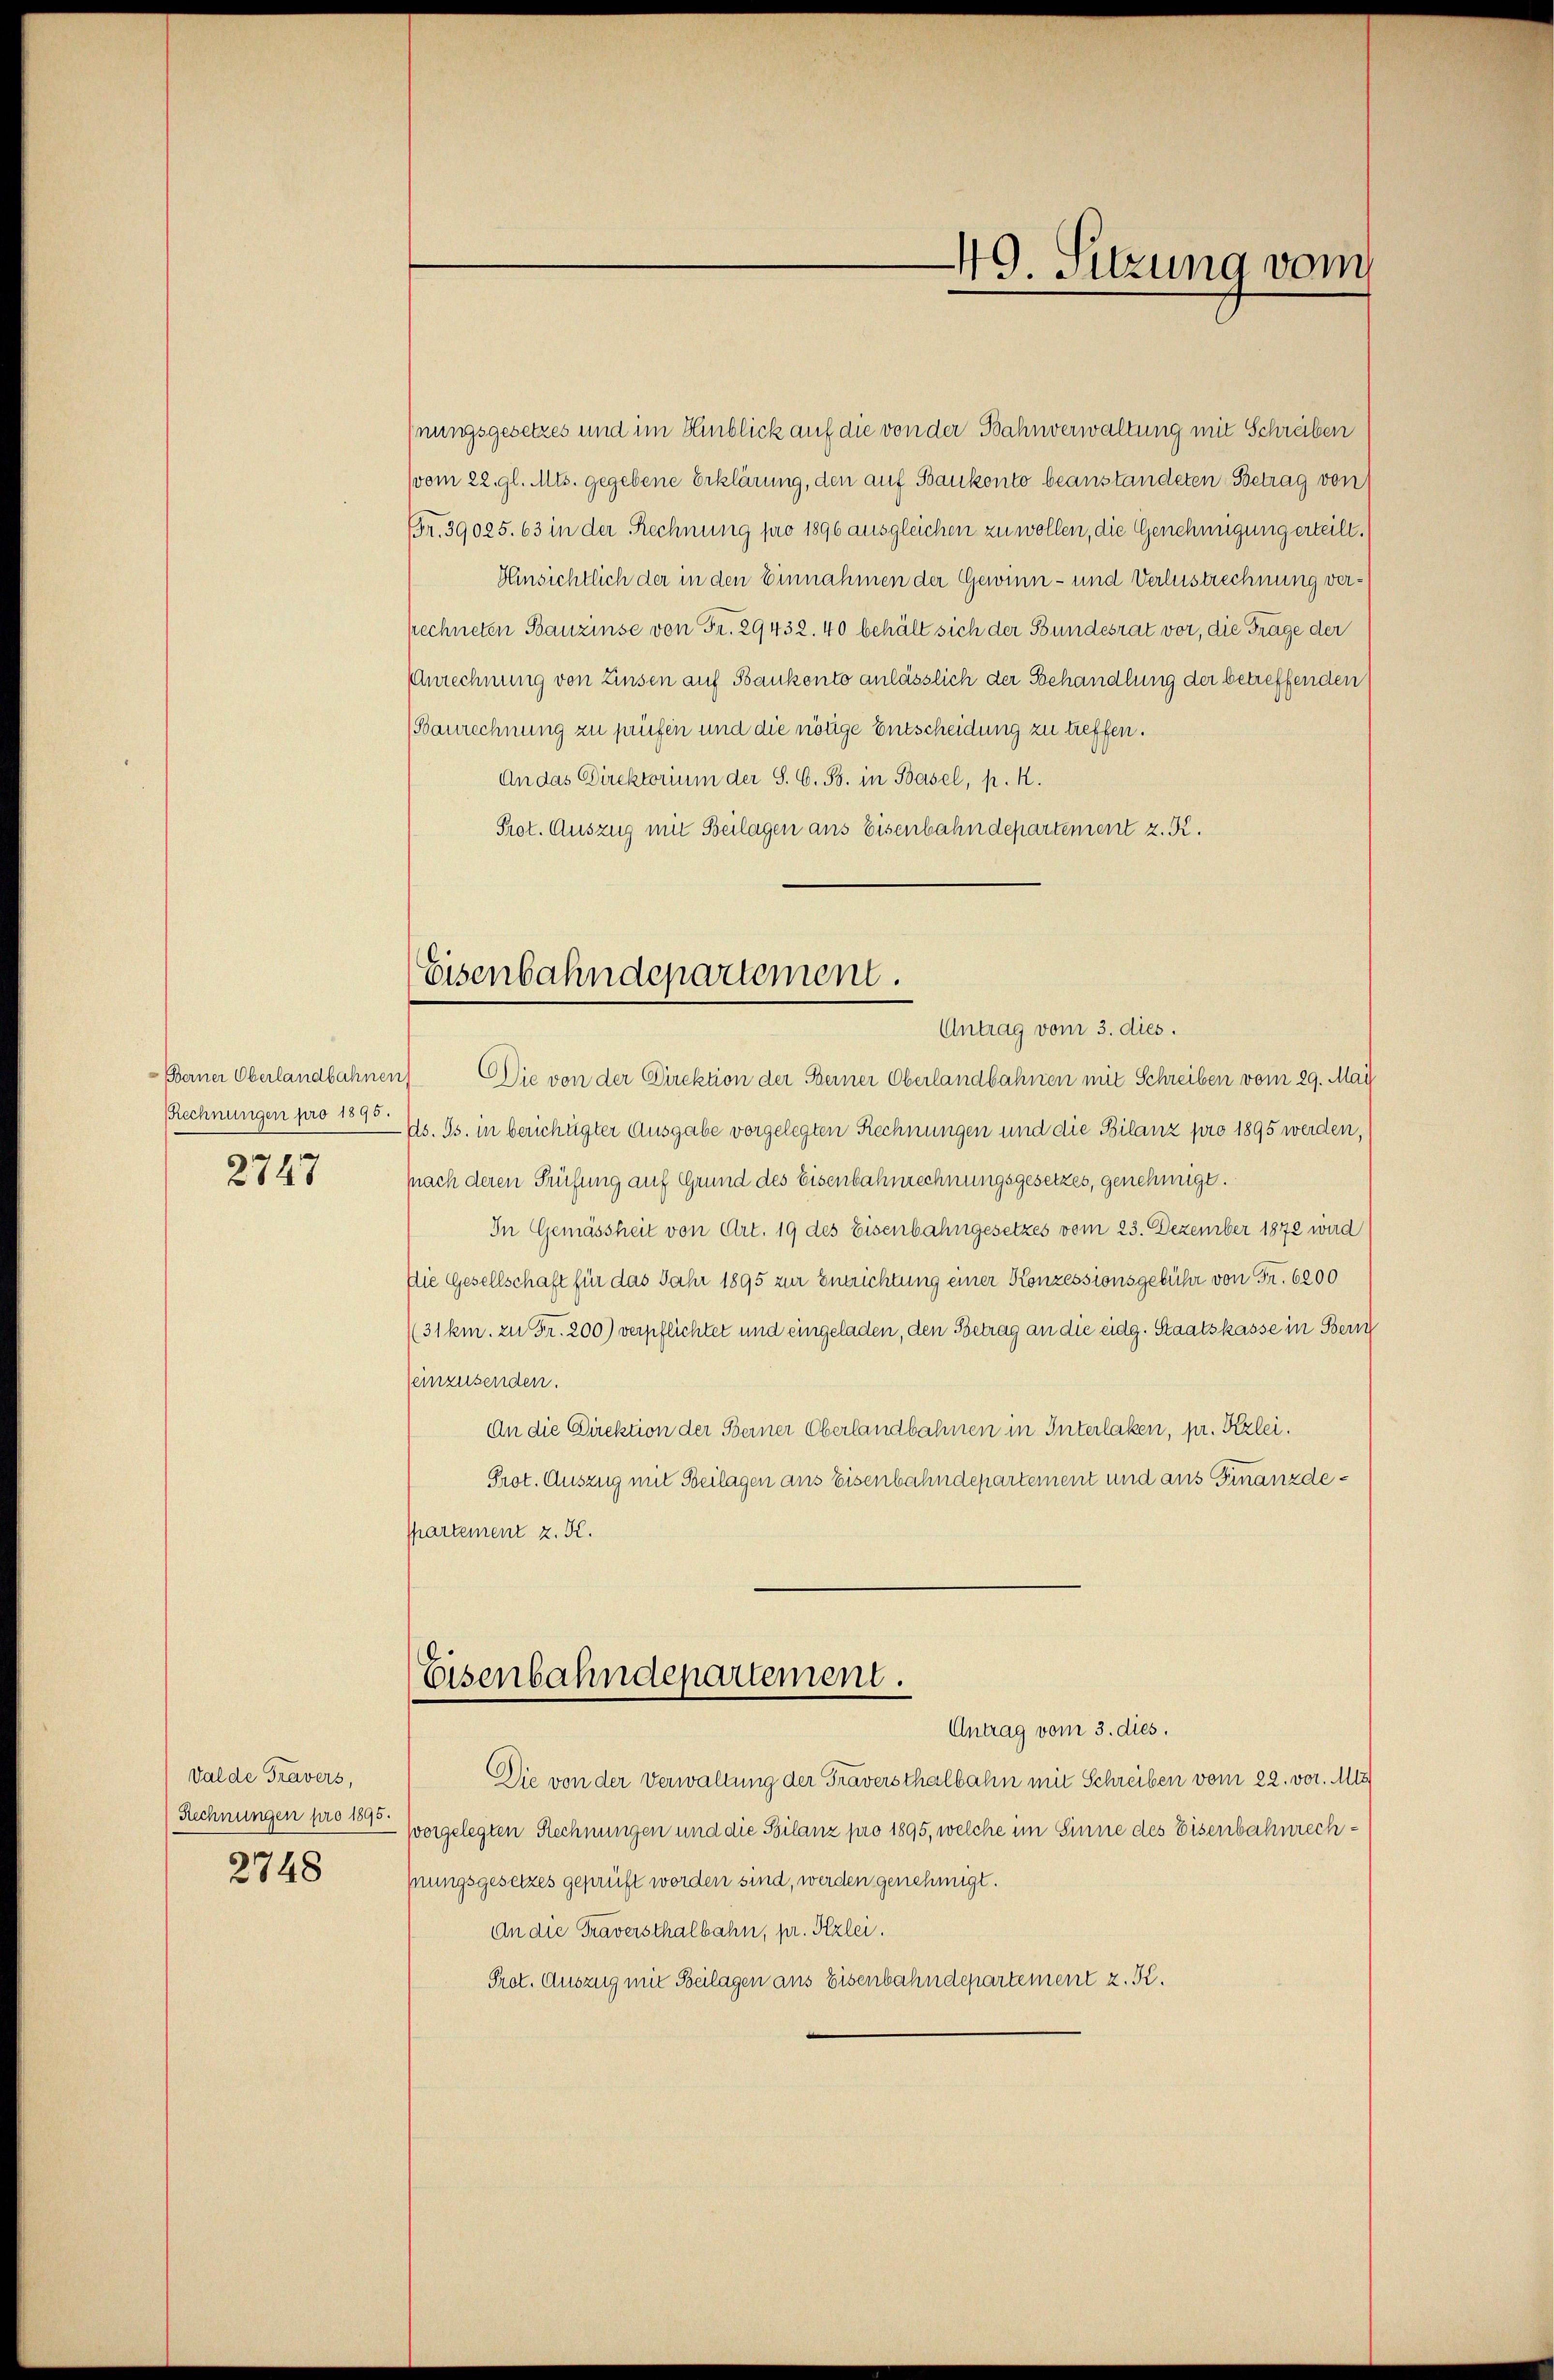
Berner Oberlandbahnen
RRechnungen pro 1895.

2747

Valde Travers,
Rechnungen pro 1895.
2748

hnungsgesetzes und im Hinblick auf die von der Bahnverwaltung mit Schreiben
(vom 22. gl. Mts. gegebene Erklärung, den auf Bankonto beanstandeten Betrag von
Br. 39025. 63 in der Rechnung pro 1896 ausgleichen zu wollen, die Genehmigung erteilt.
Hinsichtlich der in den Einnahmen der Gewinn- und Verlustrechnung verpechneten Banzinse von Fr. 29432. 40 behält sich der Bundesrat vor, die Frage der
AAnrechnung von Zinsen auf Bankento anlässlich der Behandlung der betreffenden
(Baurechnung zu prüfen und die nötige Entscheidung zu treffen.
An das Direktorium der S. G. B. in Basel, p. M.
Prot. Auszug mit Beilagen aus Eisenbahndepartement z. K.

Eisenbahndepartement.
Antrag vom 3. dies.

Die von der Direktion der Berner Oberlandbahnen mit Schreiben vom 29. May
ds. Gs. in berichügter Ausgabe vorgelegten Rechnungen und die Bilanz pro 1895 werden,
nach deren Prüfung auf Grund des Eisenbahnrechnungsgesetzes, genehmigt.
In Gemässheit von Art. 19 des Eisenbahngesetzes vom 23. Dezember 1872 wird
die Gesellschaft für das Jahr 1895 zur Entrichtung einer Konzessionsgebühr von Fr. 6200
(31km. zu Fr. 200) verpflichtet und eingeladen, den Betrag an die eidg. Staatskasse in Bern
einzusenden.
An die Direktion der Berner Oberlandbahnen in Interlaken, pr. Kzlei.
Prot. Auszug mit Beilagen aus Eisenbahndepartement und aus Finanzde¬
Phartement z. K.
Eisenbahndepartement.
Antrag vom 3. dies.
Die von der Verwaltung der Traversthalbahn mit Schreiben vom 22. vor. Mis
vorgelegten Rechnungen und die Bilanz pro 1895, welche im Sinne des Eisenbahnrechhungsgesetzes geprüft worden sind, werden genehmigt.
An die Traversthalbahn, pr. Kzlei.
Prot. Auszug mit Beilagen aus Eisenbahndepartement z. K.

49. Sitzung vom